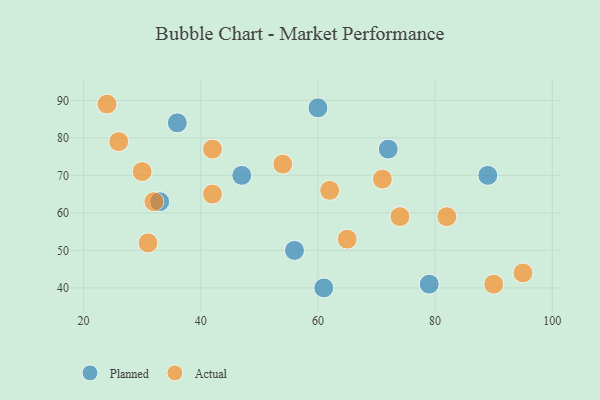
{"axis": {"x": "GDP", "y": "Life Expectancy"}, "legend": ["Actual", "Planned"], "data": [{"x": "33", "y": 63, "type": "Planned"}, {"x": "47", "y": 70, "type": "Planned"}, {"x": "60", "y": 88, "type": "Planned"}, {"x": "79", "y": 41, "type": "Planned"}, {"x": "72", "y": 77, "type": "Planned"}, {"x": "36", "y": 84, "type": "Planned"}, {"x": "56", "y": 50, "type": "Planned"}, {"x": "61", "y": 40, "type": "Planned"}, {"x": "89", "y": 70, "type": "Planned"}, {"x": "30", "y": 71, "type": "Actual"}, {"x": "82", "y": 59, "type": "Actual"}, {"x": "54", "y": 73, "type": "Actual"}, {"x": "24", "y": 89, "type": "Actual"}, {"x": "31", "y": 52, "type": "Actual"}, {"x": "74", "y": 59, "type": "Actual"}, {"x": "71", "y": 69, "type": "Actual"}, {"x": "65", "y": 53, "type": "Actual"}, {"x": "90", "y": 41, "type": "Actual"}, {"x": "26", "y": 79, "type": "Actual"}, {"x": "42", "y": 77, "type": "Actual"}, {"x": "95", "y": 44, "type": "Actual"}, {"x": "32", "y": 63, "type": "Actual"}, {"x": "42", "y": 65, "type": "Actual"}, {"x": "62", "y": 66, "type": "Actual"}]}